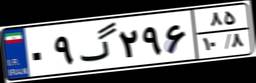
۰۹گ۲۹۶۸۵